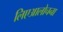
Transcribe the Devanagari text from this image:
लिएआलोचना